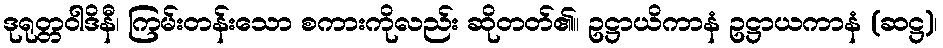
ဒုရုတ္တဝါဒိနီ၊ ကြမ်းတန်းသော စကားကိုလည်း ဆိုတတ်၏။ ဥဋ္ဌာယိကာနံ ဥဋ္ဌာယကာနံ (ဆဋ္ဌ)၊